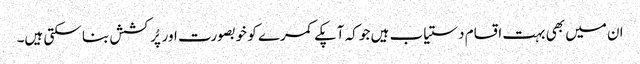
ان میں بھی بہت اقسام دستیاب ہیں جو کہ آپکے کمرے کو خوبصورت اور پُرکشش بنا سکتی ہیں۔